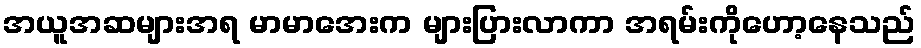
အယူအဆများအရ မာမာအေးက များပြားလာကာ အရမ်းကိုဟော့နေသည်